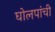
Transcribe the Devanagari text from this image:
घोलपांची